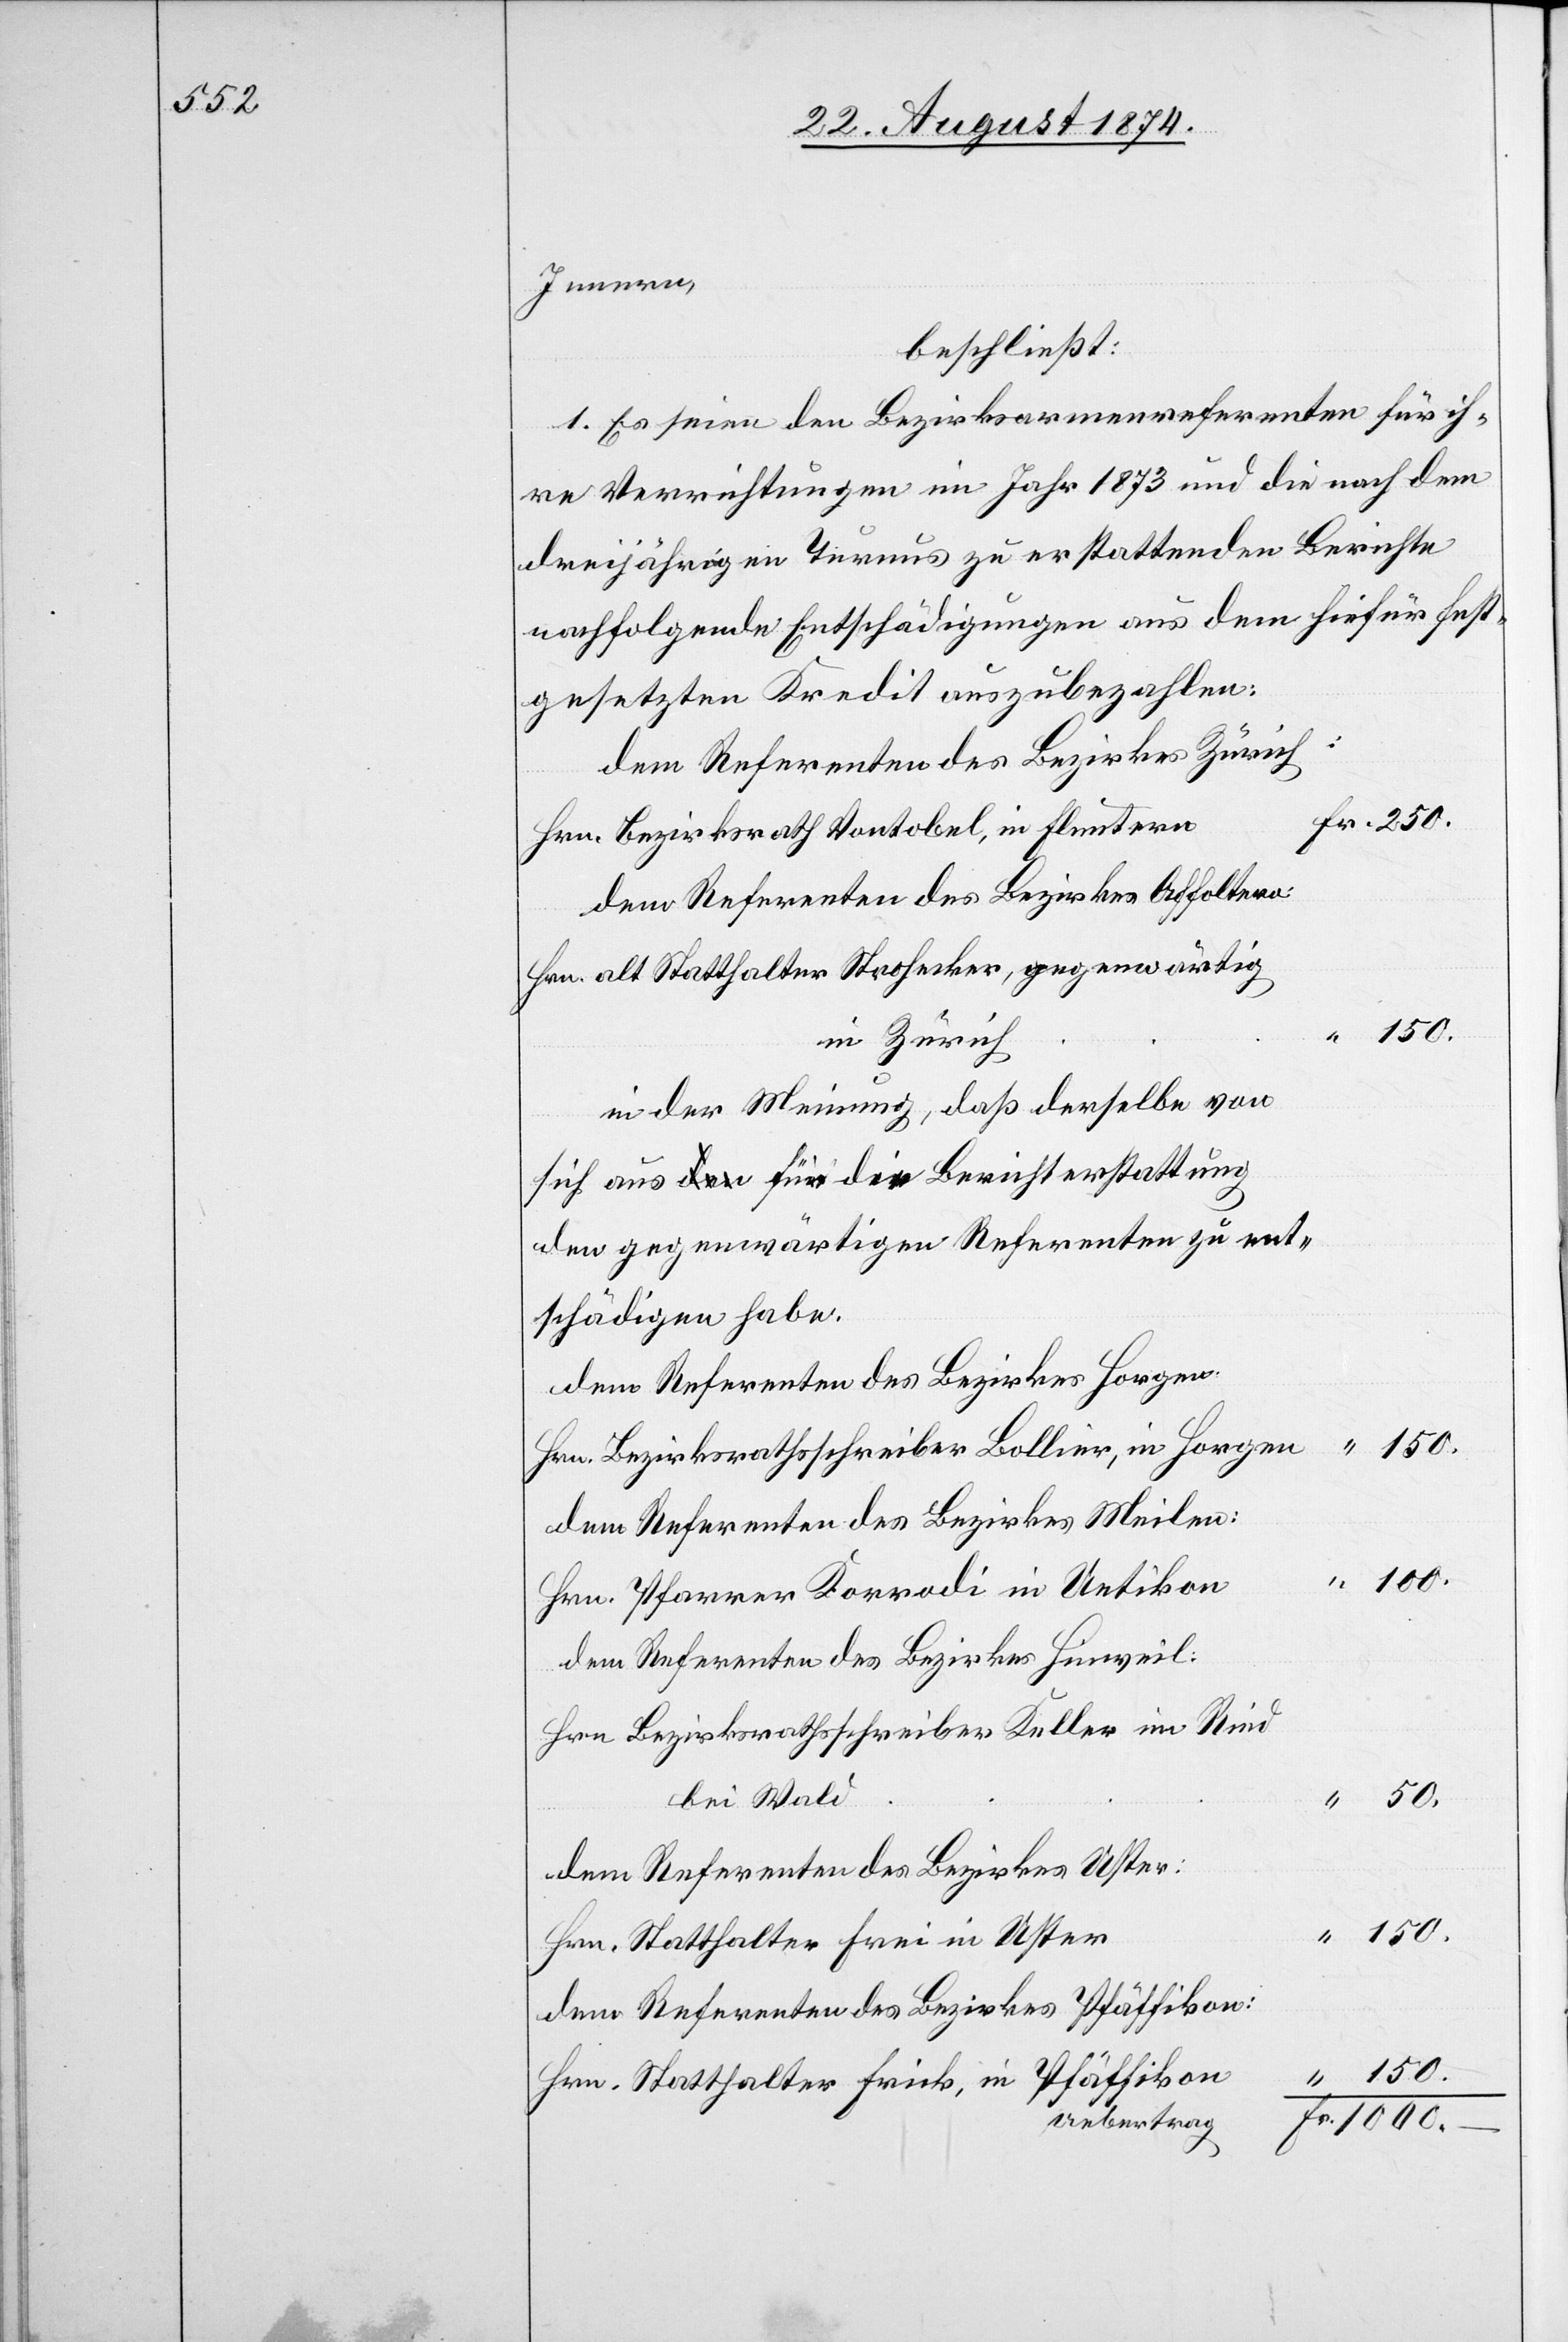
Fr.
Innern,
beschließt:
1. Es seien den Bezirksarmenreferenten für ih¬
re Verrichtungen im Jahr 1873 und die nach dem
dreijährigen Turnus zu erstattenden Berichte
nachfolgende Entschädigungen aus dem hiefür fest¬
gesetzten Kredit auszubezahlen:
50.
Dem Referenten des Bezirkes Zürich:
Hrn. Bezirksrath Vontobel, in Fluntern
dem Referenten des Bezirkes Affoltern:
Hrn. alt Statthalter Strohecker, gegenwärtig
in Zürich
in der Meinung, daß derselbe von
sich aus für die Berichterstattung
den gegenwärtigen Referenten zu ent¬
schädigen habe.
dem Referenten des Bezirkes Horgen:
Hrn. Bezirksrathsschreiber Bolliger, in Horgen
dem Referenten des Bezirkes Meilen:
100.
Hrn. Pfarrer Korrodi in Uetikon
dem Referenten des Bezirkes Hinweil:
Hrn. Bezirksrathsschreiber Keller im Ried
bei Wald
dem Referenten des Bezirkes Uster:
150.
Hrn. Statthalter Frei in Uster
dem Referenten des Bezirkes Pfäffikon:
Hrn. Statthalter Frick, in Pfäffikon